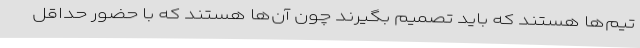
تیم‌ها هستند که باید تصمیم بگیرند چون آن‌ها هستند که با حضور حداقل